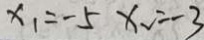
x _ { 1 } = - 5 x _ { 2 } = - 3